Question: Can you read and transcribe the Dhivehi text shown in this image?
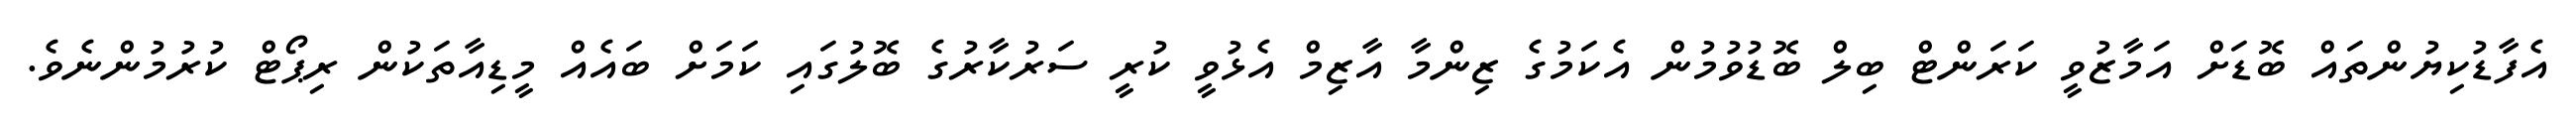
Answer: އެފާޑުކިޔުންތައް ބޮޑަށް އަމާޒުވީ ކަރަންޓް ބިލް ބޮޑުވުމުން އެކަމުގެ ޒިންމާ އާޒިމް އެޅުވީ ކުރީ ސަރުކާރުގެ ބޮލުގައި ކަމަށް ބައެއް މީޑިއާތަކުން ރިޕޯޓް ކުރުމުންނެވެ.